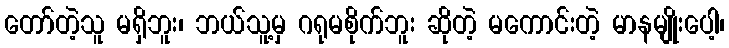
တော်တဲ့သူ မရှိဘူး၊ ဘယ်သူ့မှ ဂရုမစိုက်ဘူး ဆိုတဲ့ မကောင်းတဲ့ မာနမျိုးပေါ့၊